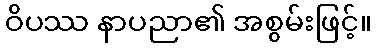
ဝိပဿ နာပညာ၏ အစွမ်းဖြင့်။